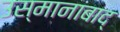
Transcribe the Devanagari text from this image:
उस्मानाबाद्